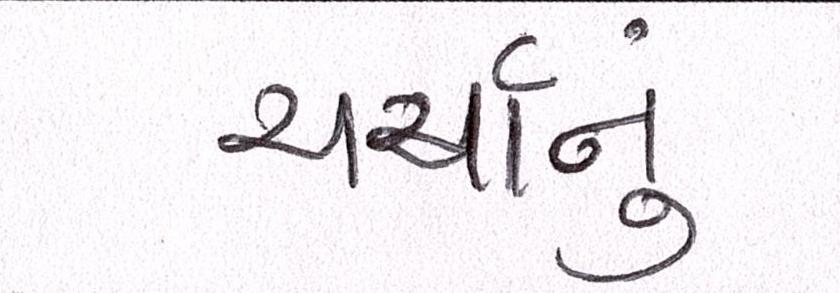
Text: ચર્ચાનું